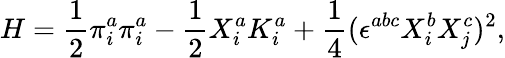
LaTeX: H=\frac{1}{2}\pi_{i}^{a}\pi_{i}^{a}-\frac{1}{2}X_{i}^{a}K_{i}^{a}+\frac{1}{4}(\epsilon^{abc}X_{i}^{b}X_{j}^{c})^{2},